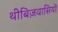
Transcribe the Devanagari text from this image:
थीबिज़वासियों